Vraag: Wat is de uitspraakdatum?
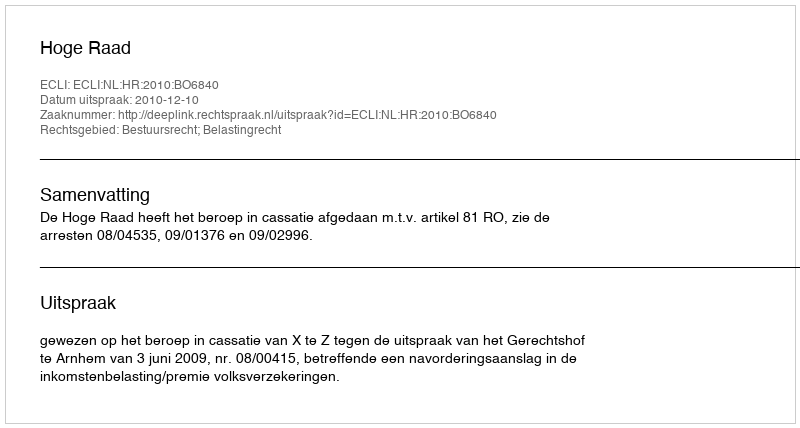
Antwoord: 2010-12-10